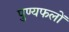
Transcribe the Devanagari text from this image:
पुण्यफलों